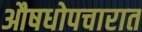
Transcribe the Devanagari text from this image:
औषधोपचारात